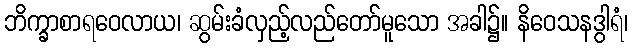
ဘိက္ခာစာရဝေလာယ၊ ဆွမ်းခံလှည့်လည်တော်မူသော အခါ၌။ နိဝေသနဒွါရံ၊